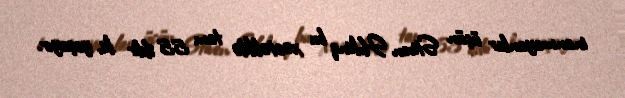
inanmayanlar üçün Stiven Hokinq bu xəstəliklə tam 55 ildir ki, yaşayır.